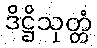
ဒိဋ္ဌိသုတ္တံ